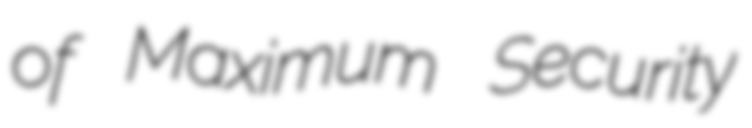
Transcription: of Maximum Security